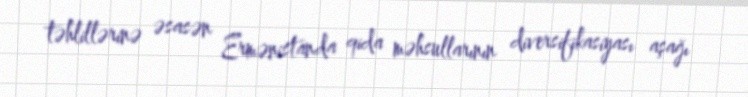
təhlillərinə əsasən Ermənistanda qida məhsullarının diversifikasiyası aşağı